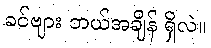
ခင်ဗျား ဘယ်အချိန် ရှိလဲ။